Annual statistical returns and brief notes on vaccination in Bengal - 1887-1898
Year: 1887
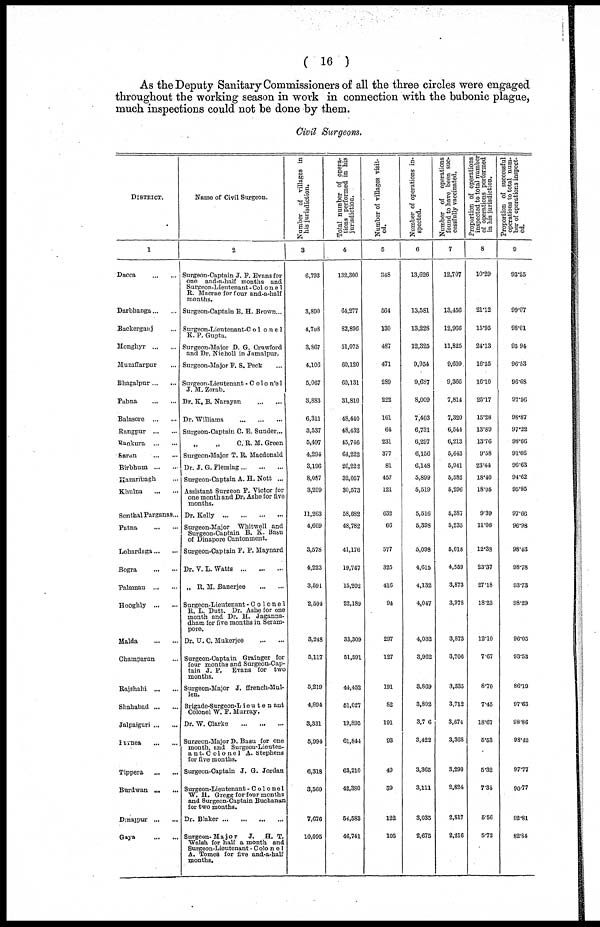
( 16 )
As the Deputy Sanitary Commissioners of all the three circles were engaged
throughout the working season in work in connection with the bubonic plague,
much inspections could not be done by them.
Civil Surgeons.
DISTRICT.
1
Dacca
...
...
Darbhanga ... ...
Backerganj ...
Monghyr ... ...
Muzaffarpur ...
Bhagalpur ... ...
Pubna
...
...
Balasore ... ...
Rangpur ... ...
Bankura ... ...
Saran
...
...
Birbhum ... ...
Hazaribagh ... ...
Khulna
...
...
Sonthal Parganas ...
Patna
...
...
Lohardaga ... ...
Bogra
...
...
Palamau ... ...
Hooghly ... ...
Malda
...
...
Champaran ...
Rajshahi ... ...
Shahabad ... ...
Jalpaiguri ... ...
Purnea
...
...
Tippera
...
...
Burdwan ... ...
Dinajpur ... ...
Gaya
...
...
Name of Civil Surgeon.
2
Surgeon-Captain J. F. Evans for
one and-a-half months and
Surgeon-Lieutenant - Colone1
R. Macrae for four and-a-half
months.
Surgeon-Captain E. H. Brown...
Surgeon-Lieutenant-Colonel
K. P. Gupta.
Surgeon-Major D. G. Crawford
and Dr. Nicholl in Jamalpur.
Surgeon-Major F. S. Peck ...
Surgeon-Lieutenant -Colonel
J. M. Zorab.
Dr. K, B. Narayan
...
...
Dr. Williams
...
...
...
Surgeon-Captain C. E. Sunder...
„
„
C. R. M. Green
Surgeon-Major T. R. Macdonald
Dr. J. G. Fleming ... ... ...
Surgeon-Captain A. H. Nott ...
Assistant Surgeon P. Victor for
one month and Dr, Ashe for five
months.
Dr. Kelly
...
...
...
...
Surgeon-Major Whitwell and
Surgeon-Captain B. K. Basu
of Dinapore Cantonment.
Surgeon-Captain F. P. Maynard
Dr. V. L. Watts
...
...
...
„ R. M. Banerjee
...
...
Surgeon-Lieutenant -Colonel
R. L. Dutt. Dr. Ashe for one
month and Dr. H. Jaganna¬
dham for five months in Seram¬
pore.
Dr. U. C. Mukerjee
...
...
Surgeon-Captain Grainger for
four months and Surgeon-Cap-
tain J. P. Evans for two
months.
Surgeon-Major J. ffrench-Mul¬
len.
Brigade-Surgeon-Lieutenant
Colonel W. F. Murray.
Dr. W. Clarke
...
...
...
Surgeon-Major D. Basu for one
month, and Surgeon-Lieuten-
ant-Colonel A. Stephens
for five months.
Surgeon-Captain J. G. Jordan
Surgeon-Lieutenant-Colonel
W. H. Gregg for four months
and Surgeon-Captain Buchanan
for two months.
Dr. Blaker ... ... ... ...
Surgeon-Major
J.
H. T.
Walsh for half a month and
Surgeon-Lieutenant - Colone1
A. Tomes for five and-a-half
months.
Number of villages in
bis jurisdiction.
3
6,793
3,890
4,708
3,867
4,106
5,067
3,883
6,311
3,537
5,497
4,294
3,196
8,087
3,209
11,263
4,669
3,578
4,223
3,591
2,504
3,248
5,117
5,219
4,894
3,331
5,994
6,318
3,560
7,676
10,095
Total number of opera¬
tions performed in his
jurisdiction.
4
132,300
64,277
82,896
51,075
60,120
60,131
31,810
48,440
48,432
45,746
64,222
26,222
32,057
30,573
58,682
48,782
41,176
19,747
15,202
22,189
33,309
51,591
44,452
51,027
19,895
61,844
63,210
42,380
54,583
46,741
Number of villages visit-
ed.
5
348
564
130
487
471
289
222
161
64
231
377
81
457
121
632
66
577
325
416
94
297
127
191
82
191
93
49
39
122
105
Number of operations in-
spected.
6
13,626
13,581
13,228
12,325
9,954
9,687
8,009
7,403
6,731
6,297
6,156
6,148
5,899
5,519
5,516
5,398
5,098
4,615
4,132
4,047
4,032
3,962
3,869
3,802
3,76
3,422
3,365
3,111
3,035
2,675
Number of operations
found to have been suc-
cessfully vaccinated.
7
12,707
13,456
12,966
11,825
9,609
9,366
7,814
7,320
6,544
6,213
5,643
5,941
5,582
5,296
5,387
5,235
5,018
4,559
3,873
3,978
3,873
3,706
3,335
3,712
3,674
3,368
3,290
2,824
2,817
2,216
Proportion of operations
inspected to total number
of operations performed
in his jurisdiction.
8
10.29
21.12
15.95
24.13
16.55
16.10
25.17
15.28
13.89
13.76
9.58
23.44
18.40
18.05
9.39
11.06
12.38
23.37
27.18
18.23
12.10
7.67
8.70
7.45
18.67
5.53
5.32
7.34
5.56
5.72
Proportion of successful
operations to total num-
ber of operations inspect-
ed.
9
93.25
99.07
98.01
95.94
96.53
96.68
97.56
98.87
97.22
98.66
91.66
96.63
94.62
95.95
97.66
96.98
98.43
98.78
93.73
98.29
96.05
93.53
86.19
97.63
98.86
98.42
97.77
90.77
92.81
82.84